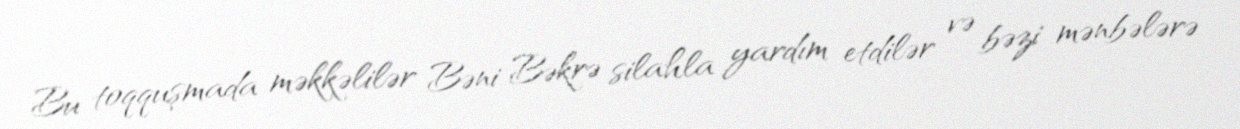
Bu toqquşmada məkkəlilər Bəni Bəkrə silahla yardım etdilər və bəzi mənbələrə